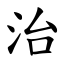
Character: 治